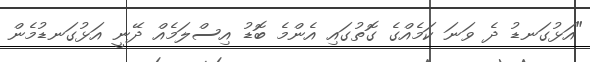
"އަޅުގަނޑު ދެ ވަނަ ކަމެއްގެ ގޮތުގައި އެންމެ ބޮޑު އިސްލަމެއް ދޭނީ އަޅުގަނޑުމެން